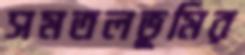
সমতলভূমির